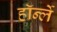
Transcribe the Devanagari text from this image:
हॉर्न्ले